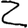
Digit: 2